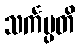
သင်္ကပ္ပတိ